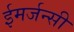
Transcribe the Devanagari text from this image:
ईमर्जन्सी